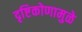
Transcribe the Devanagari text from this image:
दृष्टिकोणामुळे